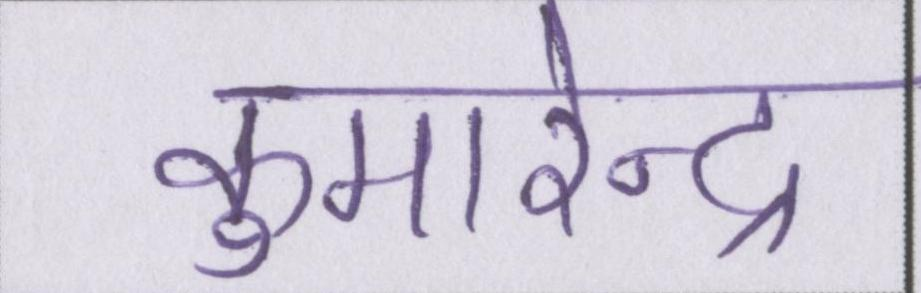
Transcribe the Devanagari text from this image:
कुमारेन्द्र